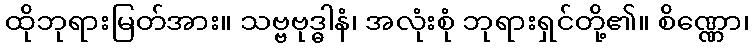
ထိုဘုရားမြတ်အား။ သဗ္ဗဗုဒ္ဓါနံ၊ အလုံးစုံ ဘုရားရှင်တို့၏။ စိဏ္ဏော၊